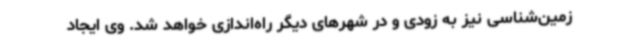
زمین‌شناسی نیز به زودی و در شهرهای دیگر راه‌اندازی خواهد شد. وی ایجاد